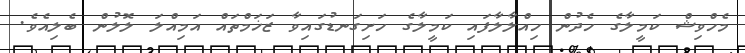
މެހްވިޝް ކަމީލާގެ ހެދުން ހިއްލާލާފައި ކަމީލާގެ ހަށިގަނޑުގައިވާ ޒަޚަމްތައް އަމިއްލަ ލޮލުން ބެލިއެވެ.